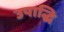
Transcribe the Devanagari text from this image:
उपाद्धि